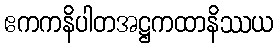
ဧကကနိပါတအဋ္ဌကထာနိဿယ